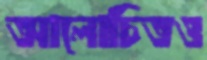
আলোচিতও